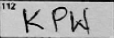
Transcription: KPW